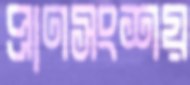
প্রাণসংশয়